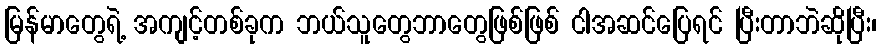
မြန်မာတွေရဲ့ အကျင့်တစ်ခုက ဘယ်သူတွေဘာတွေဖြစ်ဖြစ် ငါအဆင်ပြေရင် ပြီးတာဘဲဆိုပြီး၊